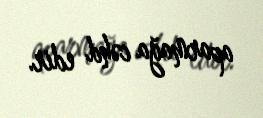
aparmağa cəhd edir.